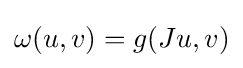
\omega (u,v)=g(Ju,v)